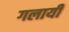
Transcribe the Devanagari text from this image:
गलायी